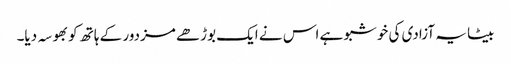
بیٹا یہ آزادی کی خوشبو ہے اس نے ایک بوڑھے مزدور کے ہاتھ کو بھوسہ دیا۔